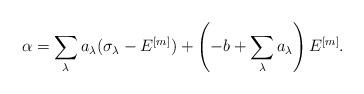
LaTeX: \begin{align*}\alpha = \sum_{\lambda}a_\lambda(\sigma_\lambda - E^{[m]}) + \left(-b+\sum_\lambda a_\lambda\right)E^{[m]}.\end{align*}